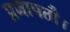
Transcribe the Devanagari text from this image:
प्रजापतौ।